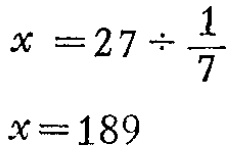
\[

\begin{align*}

x&=27\div\frac{1}{7}\\

x&=189

\end{align*}

\]